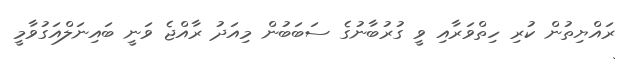
ރައްޔިތުން ކުރި ހިތްވަރާއި ވީ ގުރުބާނުގެ ސަބަބުން މިއަދު ރާއްޖެ ވަނީ ބައިނަލްއަގުވާމީ